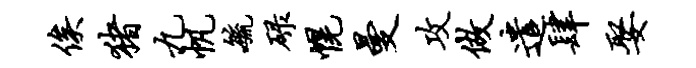
俟猪九帆毓碌幌曼攻做遣肆娶